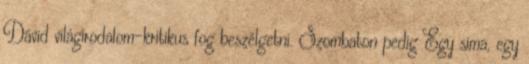
Dávid világirodalom-kritikus fog beszélgetni. Szombaton pedig Egy sima, egy